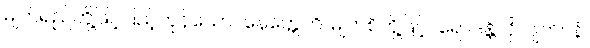
မျက်ရည်တို့ဖြင့်ပြည့်ကုန်သော။ နေတ္တေဟိ၊ မျက်စိတို့ဖြင့်။ ရောဒန္တိ၊ ငိုလျက်။ နံ၊